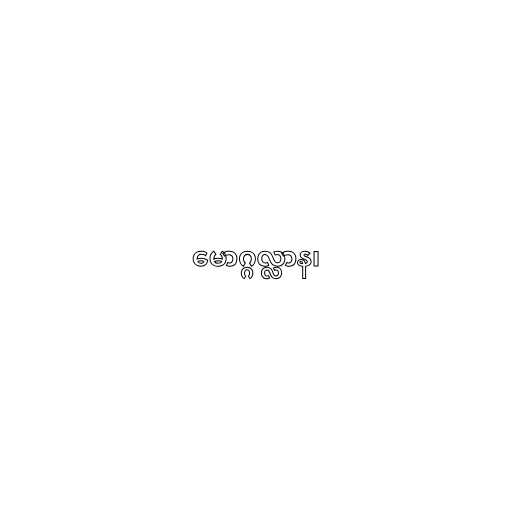
မောဂ္ဂလ္လာန၊